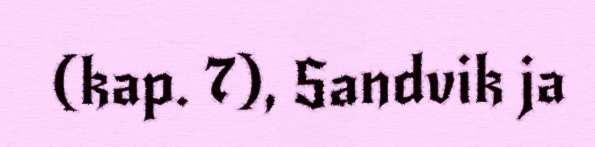
(kap. 7), Sandvik ja